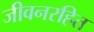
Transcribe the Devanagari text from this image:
जीवनरहित